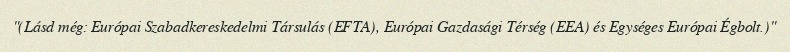
"(Lásd még: Európai Szabadkereskedelmi Társulás (EFTA), Európai Gazdasági Térség (EEA) és Egységes Európai Égbolt.)"